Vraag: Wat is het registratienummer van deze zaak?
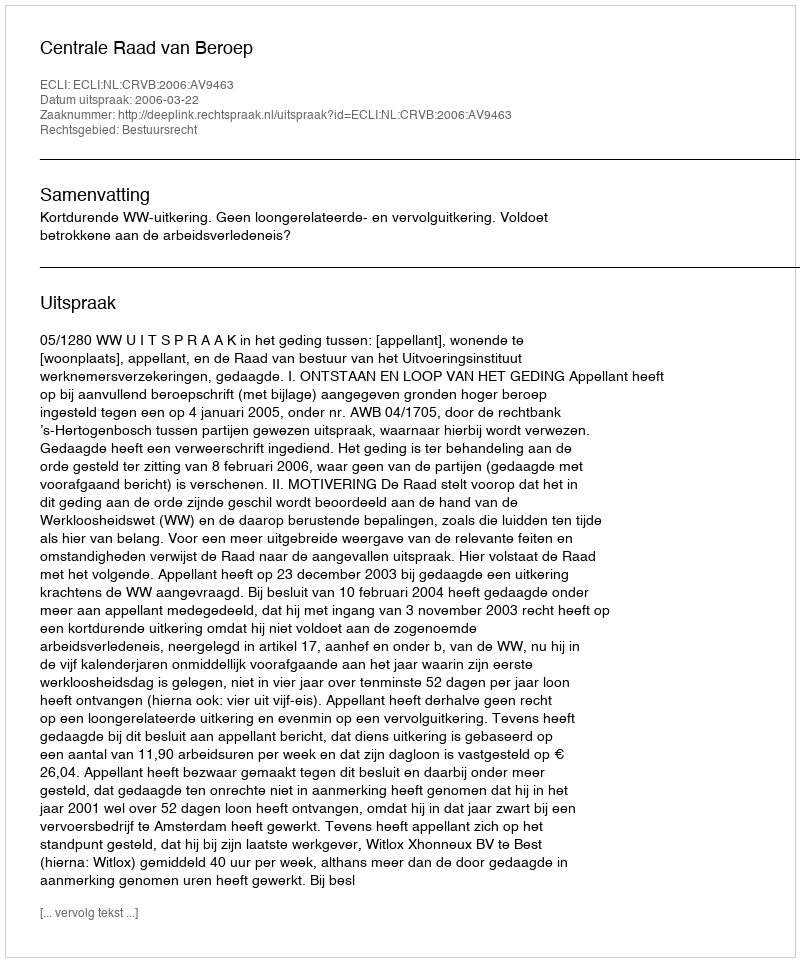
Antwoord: http://deeplink.rechtspraak.nl/uitspraak?id=ECLI:NL:CRVB:2006:AV9463